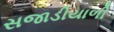
સજાડીયાળી